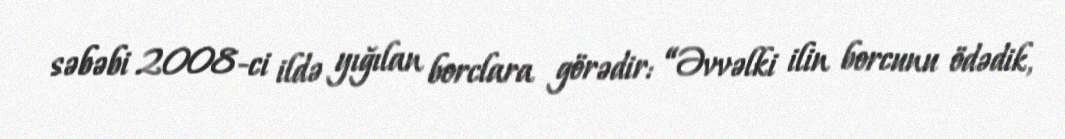
səbəbi 2008-ci ildə yığılan borclara görədir: “Əvvəlki ilin borcunu ödədik,